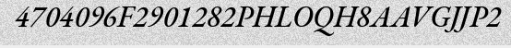
4704096F2901282PHLOQH8AAVGJJP2